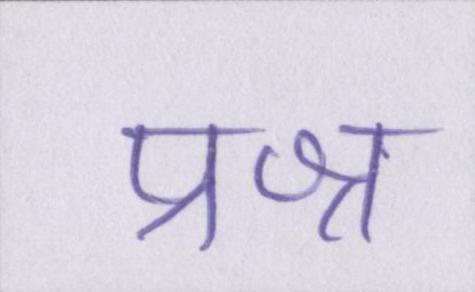
प्रश्न